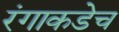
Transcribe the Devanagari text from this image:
रंगाकडेच